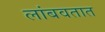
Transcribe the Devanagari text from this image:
लांबवतात